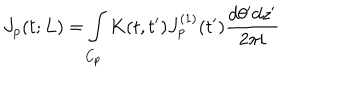
J _ { p } ( t ; L ) = \int _ { C _ { p } } K ( t , t ^ { \prime } ) J _ { p } ^ { ( 1 ) } ( t ^ { \prime } ) \frac { d \theta ^ { \prime } d z ^ { \prime } } { 2 \pi i }